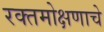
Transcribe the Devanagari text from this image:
रक्तमोक्षणाचे